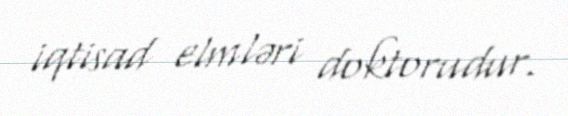
iqtisad elmləri doktorudur.